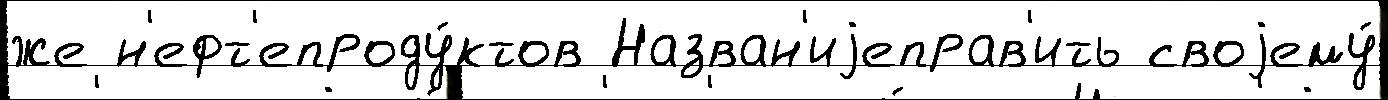
же н'ефт'епроду́ктов Назван'иjеправ'ить своjему́